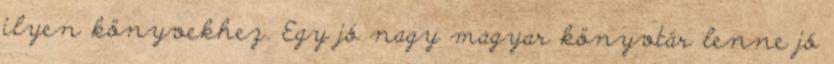
ilyen könyvekhez. Egy jó nagy magyar könyvtár lenne jó